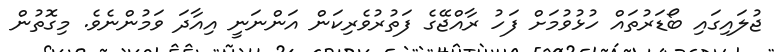
ޖުލައިގައި ބޯޑަރުތައް ހުޅުވުމަށް ފަހު ރާއްޖޭގެ ފަތުރުވެރިކަން އަންނަނީ އިއާދަ ވަމުންނެވެ. މިގޮތުން